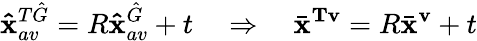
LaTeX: \mathbf{\hat{x}}_{av}^{T\hat{G}}=R\mathbf{\hat{x}}_{av}^{\hat{G}}+t\quad\Rightarrow\quad\bar{\mathbf{x}}^{\mathbf{Tv}}=R\bar{\mathbf{x}}^{\mathbf{v}}+t